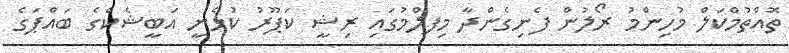
ތޮއްތުމްކަލް މުހިންމު ރޯލުން ފެނިގެންދާ މިފލްމުގައި ރިޝީ ކަޕޫރު ކުޅެނީ އަބީޝެކްގެ ބައްޕަގެ